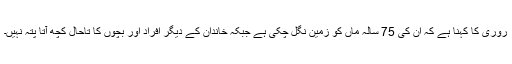
روری کا کہنا ہے کہ ان کی 75 سالہ ماں کو زمین نگل چکی ہے جبکہ خاندان کے دیگر افراد اور بچوں کا تاحال کچھ آتا پتہ نہیں۔